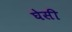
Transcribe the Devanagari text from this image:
घेसी